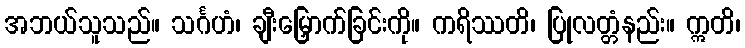
အဘယ်သူသည်။ သင်္ဂဟံ၊ ချီးမြှောက်ခြင်းကို။ ကရိဿတိ၊ ပြုလတ္တံနည်း။ ဣတိ၊